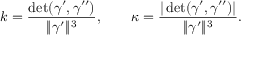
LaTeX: k = { \frac { \operatorname* { d e t } ( { \boldsymbol { \gamma } } ^ { \prime } , { \boldsymbol { \gamma } } ^ { \prime \prime } ) } { \| { \boldsymbol { \gamma } } ^ { \prime } \| ^ { 3 } } } , \qquad \kappa = { \frac { | \operatorname* { d e t } ( { \boldsymbol { \gamma } } ^ { \prime } , { \boldsymbol { \gamma } } ^ { \prime \prime } ) | } { \| { \boldsymbol { \gamma } } ^ { \prime } \| ^ { 3 } } } .